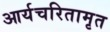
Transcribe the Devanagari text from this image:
आर्यचरितामृत